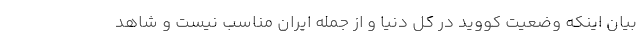
بیان اینکه وضعیت کووید در کل دنیا و از جمله ایران مناسب نیست و شاهد